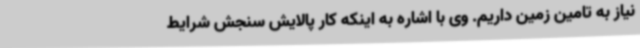
نیاز به تامین زمین داریم. وی با اشاره به اینکه کار پالایش سنجش شرایط